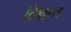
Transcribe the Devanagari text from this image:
विक्षप्त